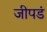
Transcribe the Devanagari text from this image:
जीपडं